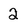
Character: 2